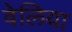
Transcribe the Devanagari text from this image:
वेलिया